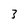
Character: 3